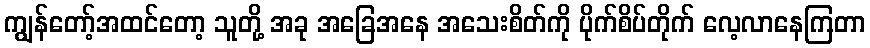
ကျွန်တော့်အထင်တော့ သူတို့ အခု အခြေအနေ အသေးစိတ်ကို ပိုက်စိပ်တိုက် လေ့လာနေကြတာ